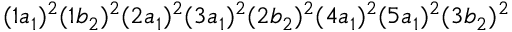
( 1 a _ { 1 } ) ^ { 2 } ( 1 b _ { 2 } ) ^ { 2 } ( 2 a _ { 1 } ) ^ { 2 } ( 3 a _ { 1 } ) ^ { 2 } ( 2 b _ { 2 } ) ^ { 2 } ( 4 a _ { 1 } ) ^ { 2 } ( 5 a _ { 1 } ) ^ { 2 } ( 3 b _ { 2 } ) ^ { 2 }